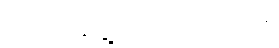
အသာပွေ့ယူလိုက်သည်။